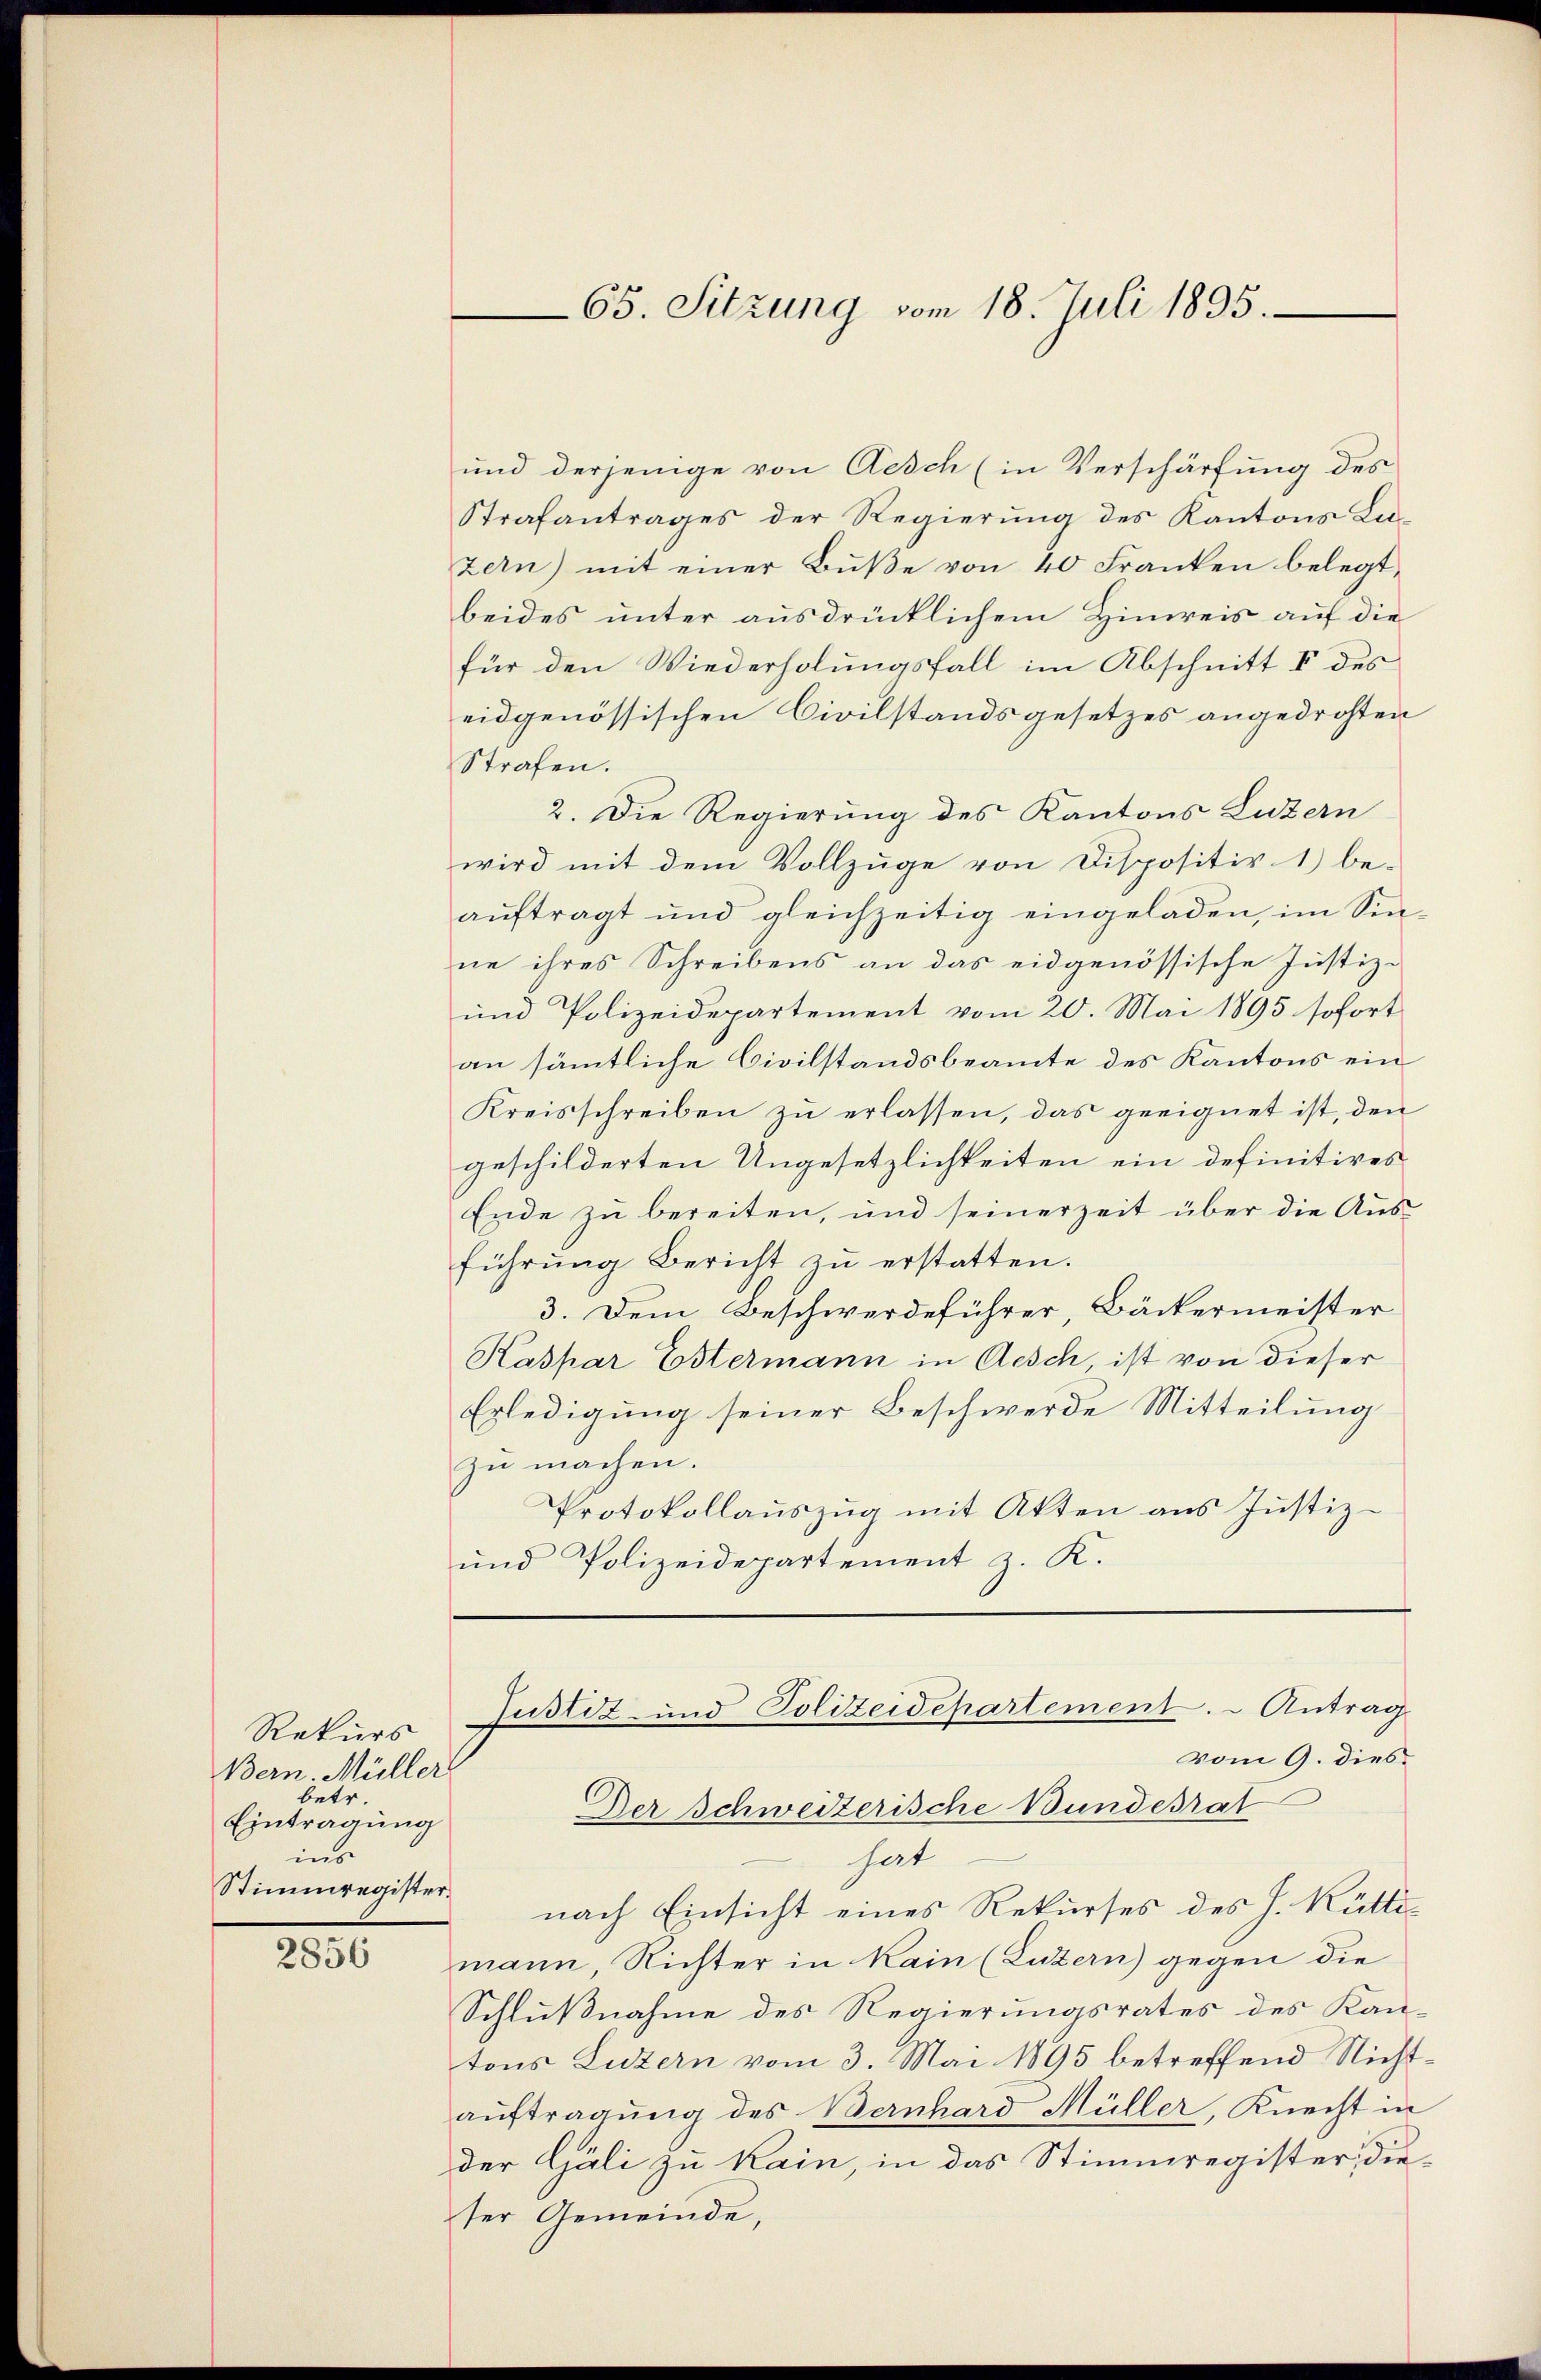
Rekurs
Bern. Müller
betr.
Eintragung
ins
Stimmregister.

2856

und derjenige von Aesch (in Verschärfung des
Strafantrages der Regierung des Kantons Lu-
zern) mit einer Buße von 40 Franken belegt,
beides unter ausdrücklichem Hinweis auf die
für den Wiederholungsfall im Abschnitt V des
eidgenössischen Civilstandsgesetzes angedrohten
Strafen.
2. Die Regierung des Kantons Luzern
wird mit dem Vollzuge von Dispositiv 1) be-
aŭftragt und gleichzeitig eingeladen, im Sin-
ne ihres Schreibens an das eidgenössische Justiz-
und Polizeidepartement vom 20. Mai 1895 sofort
an sämmtliche Civilstandsbeamte des Kantons ein
Kreisschreiben zu erlassen, das geeignet ist, den
geschilderten Ungesetzlichkeiten ein definitives
Ende zu bereiten, und seinerzeit über die Ausführung Bericht zu erstatten.
3. Dem Beschwerdeführer, Bäckermeister
Kaspar Estermann in Aesch, ist von dieser
Erledigung seiner Beschwerde Mitteilung
zu machen.
Protokollauszug mit Akten aus Justiz-
und Polizeidepartement z. K.

Der Schweizerische Bundesrat
hat
nach Einsicht eines Rekurses des J. Küttimann, Richter in kain (Luzern) gegen die
Schlußnahme des Regierungsrates des Kan-
tons Luzern vom 3. Mai 1895 betreffend Nichtauftragung des Bernhard Müller, Knecht in
der Gäli zu kain, in das Stimmregister, dieter Gemeinde,

65. Sitzung vom 18. Juli 1895.

Justiz- und Polizeidepartement. - Antrag
vom 9. dies